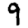
Digit: 9